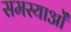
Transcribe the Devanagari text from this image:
समस्याओँ